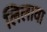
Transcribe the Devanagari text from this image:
लिलावा